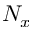
N _ { x }